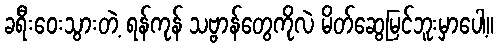
ခရီးဝေးသွားတဲ့ ရန်ကုန် သဗ္ဗာန်တွေကိုလဲ မိတ်ဆွေမြင်ဘူးမှာပေါ့။